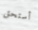
أستحق